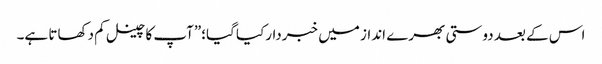
اس کے بعد دوستی بھرے انداز میں خبردارکیا گیا؛”آپ کا چینل کم دکھاتا ہے۔